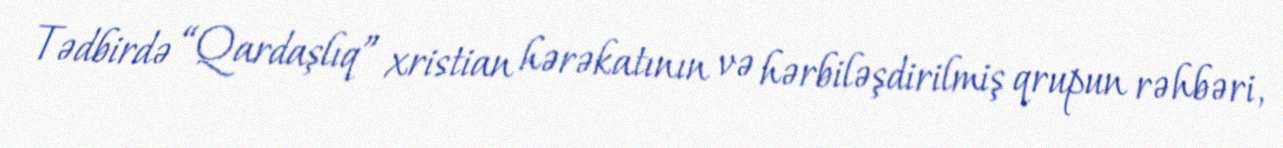
Tədbirdə “Qardaşlıq” xristian hərəkatının və hərbiləşdirilmiş qrupun rəhbəri,